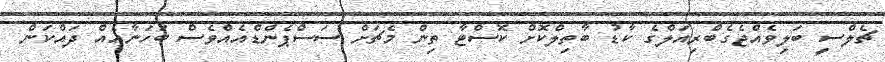
ޗެލްސީ ބަލިވެއްޖެގެބްރިއަލްގެ ކާޑު ބާތިލްކޮށް ކޮސްޓާ ތިން މެޗަށް ސަސްޕެންޑްއެއްވެސް ބަހަނާއެއް ދައްކަން